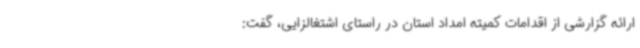
ارائه گزارشی از اقدامات کمیته امداد استان در راستای اشتغالزایی، گفت: